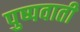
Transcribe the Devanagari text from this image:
पुष्पवाती